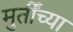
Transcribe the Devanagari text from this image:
मुर्तींच्या